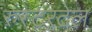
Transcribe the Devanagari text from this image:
रुस्टरटेल